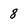
Character: 8